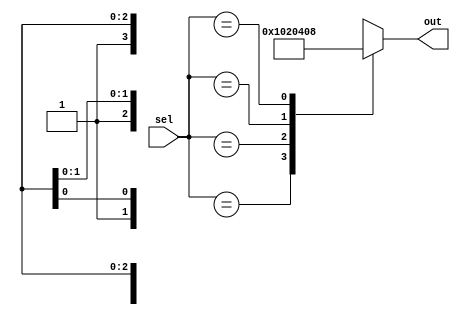
module x_case_statement (
    input wire [3:0] sel,
    output reg [7:0] out
);

always @(*)
begin
    case(sel)
        4'b000X: out = 8'b00000001; // If sel is 000X, out is 00000001
        4'b001X: out = 8'b00000010; // If sel is 001X, out is 00000010
        4'b01XX: out = 8'b00000100; // If sel is 01XX, out is 00000100
        4'b1XXX: out = 8'b00001000; // If sel is 1XXX, out is 00001000
        default: out = 8'b00000000; // Default case if none of the above conditions are met
    endcase
end

endmodule